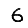
Digit: 6